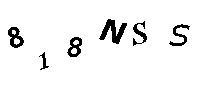
818NSS